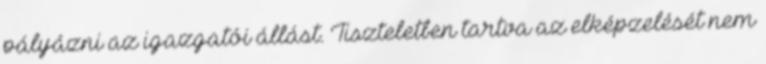
pályázni az igazgatói állást. Tiszteletben tartva az elképzelését nem